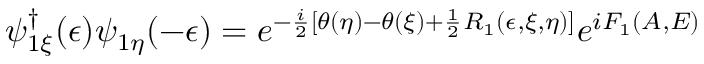
\psi _ { 1 \xi } ^ { \dagger } ( \epsilon ) \psi _ { 1 \eta } ( - \epsilon ) = e ^ { - \frac { i } { 2 } [ \theta ( \eta ) - \theta ( \xi ) + \frac { 1 } { 2 } R _ { 1 } ( \epsilon , \xi , \eta ) ] } e ^ { i F _ { 1 } ( A , E ) }